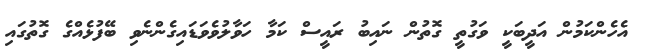
އެހެންކަމުން އަދީބަކީ ވަގުތީ ގޮތުން ނައިބު ރައީސް ކަމާ ހަވާލުވެވަޑައިގެންނެވި ބޭފުޅެއްގެ ގޮތުގައި